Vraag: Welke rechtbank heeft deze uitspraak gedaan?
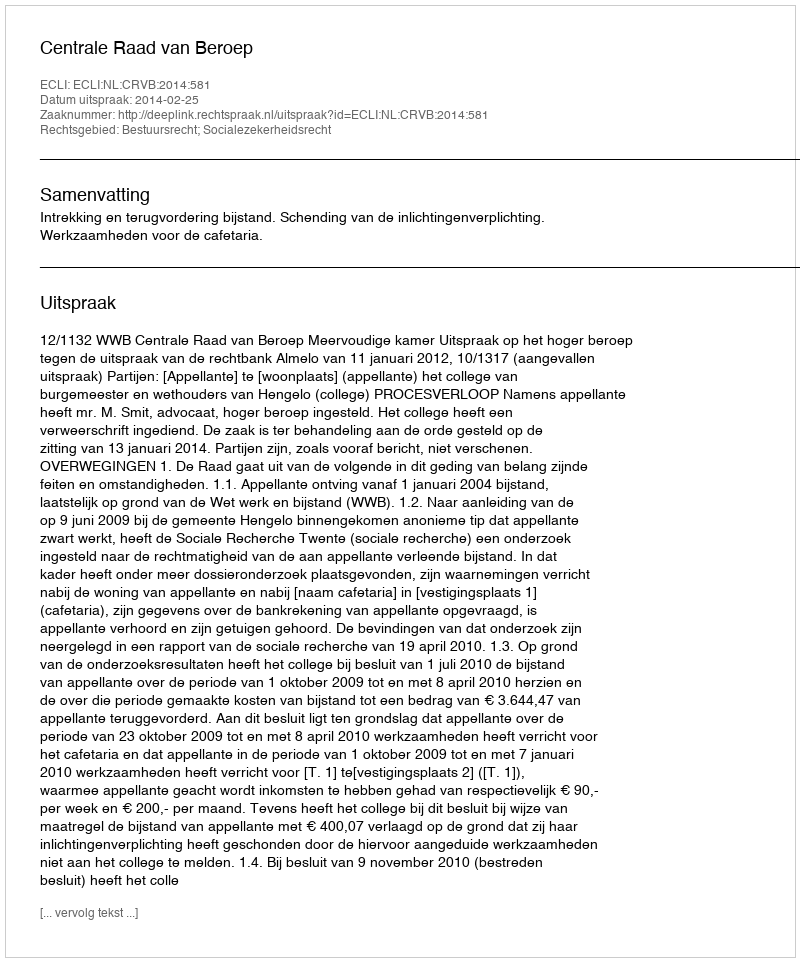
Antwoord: Centrale Raad van Beroep